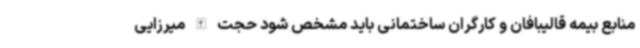
منابع بیمه قالیبافان و کارگران ساختمانی باید مشخص شود حجت الله میرزایی